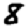
Digit: 8